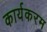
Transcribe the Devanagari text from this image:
कार्यकरम